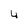
Character: 4